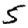
Digit: 5